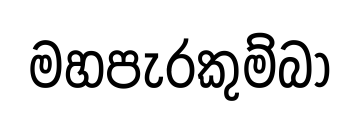
මහපැරකුම්බා